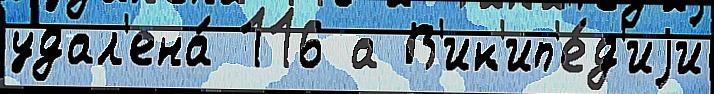
удал'ена́ 116 а В'ик'ип'е́д'иjи